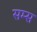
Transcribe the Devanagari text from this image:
सम्स